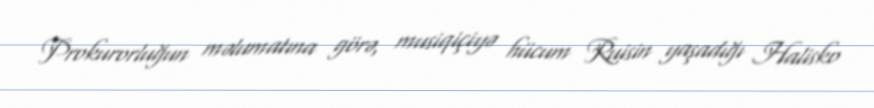
Prokurorluğun məlumatına görə, musiqiçiyə hücum Ruisin yaşadığı Halisko